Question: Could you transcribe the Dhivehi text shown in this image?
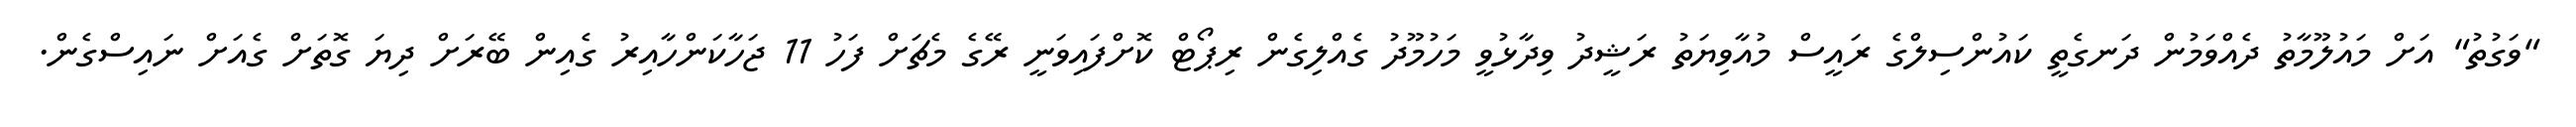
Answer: "ވަގުތު" އަށް މައުލޫމާތު ދެއްވަމުން ދަނގެތީ ކައުންސިލްގެ ރައީސް މުއާވިޔަތު ރަޝީދު ވިދާޅުވީ މަހުމޫދު ގެއްލިގެން ރިޕޯޓް ކޮށްފައިވަނީ ރޭގެ މެޗަށް ފަހު 11 ޖަހާކަންހާއިރު ގެއިން ބޭރަށް ދިޔަ ގޮތަށް ގެއަށް ނައިސްގެން.